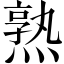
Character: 熟